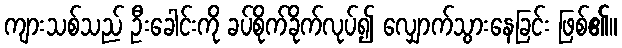
ကျားသစ်သည် ဦးခေါင်းကို ခပ်စိုက်ခိုက်လုပ်၍ လျှောက်သွားနေခြင်း ဖြစ်၏။